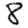
Digit: 8